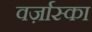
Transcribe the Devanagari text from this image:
वर्ज़ास्का